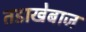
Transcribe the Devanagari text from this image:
तडाखेबाज